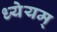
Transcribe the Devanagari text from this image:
ध्येयम्‌